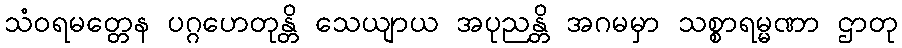
သံဝရမတ္တေန ပဂ္ဂဟေတုန္တိ သေယျာယ အပုညန္တိ အဂမမှာ သစ္စာရမ္မဏာ ဌာတု